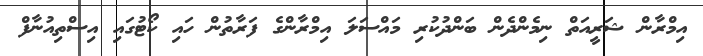
އިމްރާން ޝަރީއަތް ނިމެންދެން ބަންދުކުރި މައްސަލަ އިމްރާންގެ ފަރާތުން ހައި ކޯޓުގައި އިސްތިއުނާފް